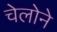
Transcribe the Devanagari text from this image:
चेलोने